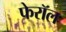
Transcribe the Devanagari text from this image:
फेरॉल